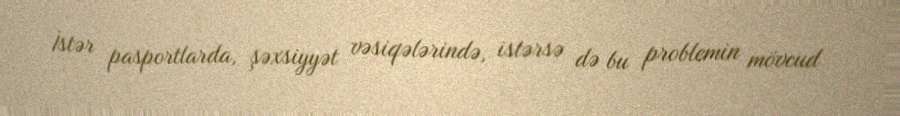
İstər pasportlarda, şəxsiyyət vəsiqələrində, istərsə də bu problemin mövcud